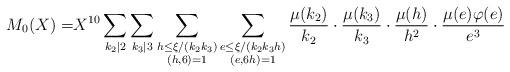
LaTeX: \begin{align*} M_0(X)= & X^{10} \sum\limits_{k_2|2} \sum\limits_{k_3|3} \sum\limits_{\substack{h\le \xi/(k_2k_3) \\ (h,6)=1}} \sum\limits_{\substack{e\le \xi/(k_2k_3h)\\ (e,6h)=1}}\frac {\mu(k_2)}{k_2}\cdot \frac{\mu(k_3)}{k_3}\cdot \frac{\mu(h)}{h^2}\cdot \frac{\mu(e)\varphi(e)}{e^3} \end{align*}